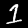
Digit: 1